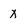
Character: x